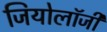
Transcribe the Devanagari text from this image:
जियोलाॅजी